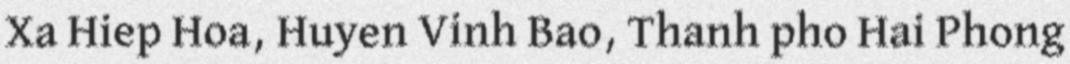
Xa Hiep Hoa, Huyen Vinh Bao, Thanh pho Hai Phong